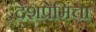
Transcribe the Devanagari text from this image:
देशप्रेमिंचा